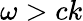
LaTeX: \omega>ck